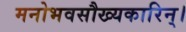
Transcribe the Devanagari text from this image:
मनोभवसौख्यकारिन्।